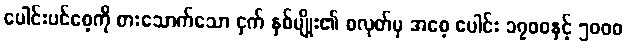
ပေါင်းပင်စေ့ကို စားသောက်သော ငှက် နှစ်မျိုး၏ စလုတ်မှ အစေ့ ပေါင်း ၁၇၀၀နှင့် ၅၀၀၀